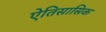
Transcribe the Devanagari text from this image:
ऐतिसासिक